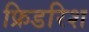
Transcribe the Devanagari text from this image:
फ्रिडरिश